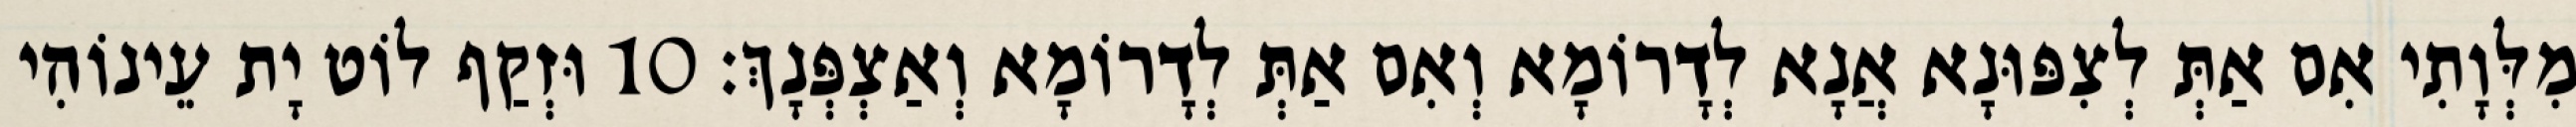
מִלְּוָתִי אִם אַתְּ לְצִפּוּנָא אֲנָא לְדָרוֹמָא וְאִם אַתְּ לְדָרוֹמָא וְאַצְפְּנָךְ׃ 10 וּזְקַף לוֹט יָת עֵינוֹהִי